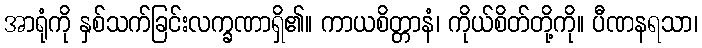
အာရုံကို နှစ်သက်ခြင်းလက္ခဏာရှိ၏။ ကာယစိတ္တာနံ၊ ကိုယ်စိတ်တို့ကို။ ပီဏနရသာ၊